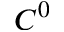
C ^ { 0 }